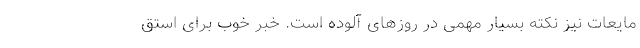
مایعات نیز نکته بسیار مهمی در روزهای آلوده است. خبر خوب برای استق